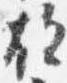
故